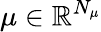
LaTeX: \mu\in\mathbb{R}^{N_{\mu}}